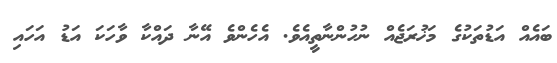
ބައެއް އަޑުތަކުގެ މަޚުރަޖެއް ނުހުންނާތީއެވެ. އެހެންވެ އޭނާ ދައްކާ ވާހަކަ އަޑު އަހައި